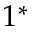
1 ^ { * }